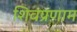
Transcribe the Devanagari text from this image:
शिवप्रणाम